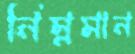
নিম্নমান